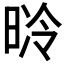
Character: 𣇝